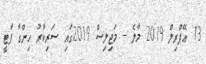
13 ޢޭޕްރިލް 2019 މާލެ -- މަޖިލިސް 2019ގައި ސަރިކާރު ހިންގާ ޕާޓީ